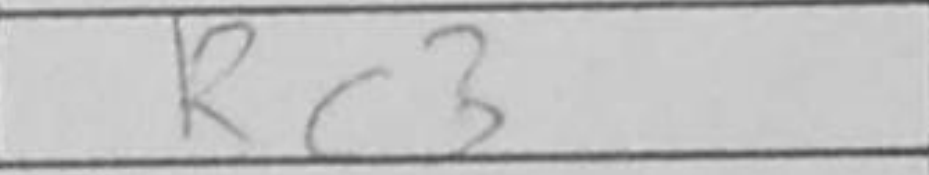
Transcription: Rc3